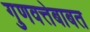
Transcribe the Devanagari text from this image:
गुणवत्तेबाबत